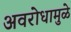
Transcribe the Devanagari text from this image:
अवरोधामुळे